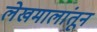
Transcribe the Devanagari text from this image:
लेखमालांतून